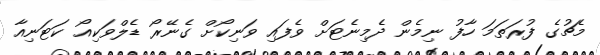
މެޗުގެ ފުރަތަމަ ހާފު ނިމެން ދެމިނެޓަށް ވެފައި ވަނިކޯށް ގެނޭރޯ ޑެލްވަކިއޯ ކަޓަނިއާ